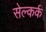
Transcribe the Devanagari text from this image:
सेल्कर्क